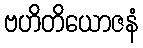
ဗဟိတိယောဇနံ